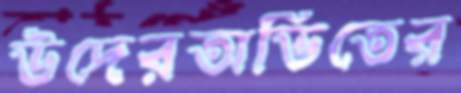
উদেরঅভিতের